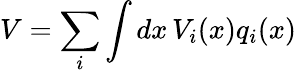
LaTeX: V=\sum_{i}\int dx\, V_{i}(x)q_{i}(x)